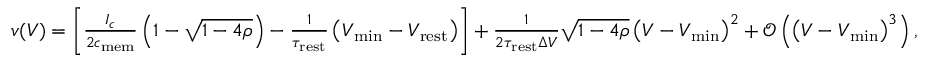
\begin{array} { r } { v ( V ) = \left[ \frac { I _ { c } } { 2 c _ { \mathrm { m e m } } } \left( 1 - \sqrt { 1 - 4 \rho } \right) - \frac { 1 } { \tau _ { \mathrm { r e s t } } } \left( V _ { \mathrm { m i n } } - V _ { \mathrm { r e s t } } \right) \right] + \frac { 1 } { 2 \tau _ { \mathrm { r e s t } } \Delta V } \sqrt { 1 - 4 \rho } \left( V - V _ { \mathrm { m i n } } \right) ^ { 2 } + \mathcal { O } \left( \left( V - V _ { \mathrm { m i n } } \right) ^ { 3 } \right) , } \end{array}